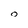
Character: 0